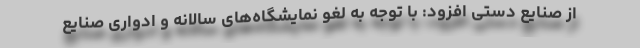
از صنایع دستی افزود: با توجه به لغو نمایشگاه‌های سالانه و ادواری صنایع